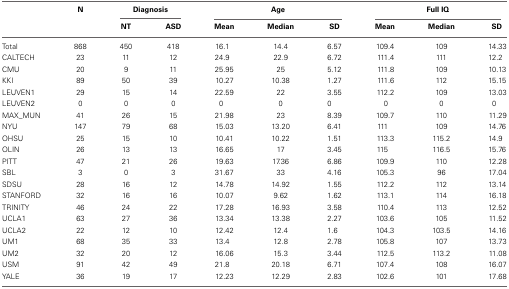
<table><thead><tr><td></td><td><b>N</b></td><td colspan="2"><b>Diagnosis</b></td><td colspan="3"><b>Age</b></td><td colspan="3"><b>Full IQ</b></td></tr><tr><td></td><td></td><td><b>NT</b></td><td><b>ASD</b></td><td><b>Mean</b></td><td><b>Median</b></td><td><b>SD</b></td><td><b>Mean</b></td><td><b>Median</b></td><td><b>SD</b></td></tr></thead><tbody><tr><td>Total</td><td>868</td><td>450</td><td>418</td><td>16.1</td><td>14.4</td><td>6.57</td><td>109.4</td><td>109</td><td>14.33</td></tr><tr><td>CALTECH</td><td>23</td><td>11</td><td>12</td><td>24.9</td><td>22.9</td><td>6.72</td><td>111.4</td><td>111</td><td>12.2</td></tr><tr><td>CMU</td><td>20</td><td>9</td><td>11</td><td>25.95</td><td>25</td><td>5.12</td><td>111.8</td><td>109</td><td>10.13</td></tr><tr><td>KKI</td><td>89</td><td>50</td><td>39</td><td>10.27</td><td>10.38</td><td>1.27</td><td>111.6</td><td>112</td><td>15.15</td></tr><tr><td>LEUVEN1</td><td>29</td><td>15</td><td>14</td><td>22.59</td><td>22</td><td>3.55</td><td>112.2</td><td>109</td><td>13.03</td></tr><tr><td>LEUVEN2</td><td>0</td><td>0</td><td>0</td><td>0</td><td>0</td><td>0</td><td>0</td><td>0</td><td>0</td></tr><tr><td>MAX_MUN</td><td>41</td><td>26</td><td>15</td><td>21.98</td><td>23</td><td>8.39</td><td>109.7</td><td>110</td><td>11.29</td></tr><tr><td>NYU</td><td>147</td><td>79</td><td>68</td><td>15.03</td><td>13.20</td><td>6.41</td><td>111</td><td>109</td><td>14.76</td></tr><tr><td>OHSU</td><td>25</td><td>15</td><td>10</td><td>10.41</td><td>10.22</td><td>1.51</td><td>113.3</td><td>115.2</td><td>14.9</td></tr><tr><td>OLIN</td><td>26</td><td>13</td><td>13</td><td>16.65</td><td>17</td><td>3.45</td><td>115</td><td>116.5</td><td>15.76</td></tr><tr><td>PITT</td><td>47</td><td>21</td><td>26</td><td>19.63</td><td>17.36</td><td>6.86</td><td>109.9</td><td>110</td><td>12.28</td></tr><tr><td>SBL</td><td>3</td><td>0</td><td>3</td><td>31.67</td><td>33</td><td>4.16</td><td>105.3</td><td>96</td><td>17.04</td></tr><tr><td>SDSU</td><td>28</td><td>16</td><td>12</td><td>14.78</td><td>14.92</td><td>1.55</td><td>112.2</td><td>112</td><td>13.14</td></tr><tr><td>STANFORD</td><td>32</td><td>16</td><td>16</td><td>10.07</td><td>9.62</td><td>1.62</td><td>113.1</td><td>114</td><td>16.18</td></tr><tr><td>TRINITY</td><td>46</td><td>24</td><td>22</td><td>17.28</td><td>16.93</td><td>3.58</td><td>110.4</td><td>113</td><td>12.52</td></tr><tr><td>UCLA1</td><td>63</td><td>27</td><td>36</td><td>13.34</td><td>13.38</td><td>2.27</td><td>103.6</td><td>105</td><td>11.52</td></tr><tr><td>UCLA2</td><td>22</td><td>12</td><td>10</td><td>12.42</td><td>12.4</td><td>1.6</td><td>104.3</td><td>103.5</td><td>14.16</td></tr><tr><td>UM1</td><td>68</td><td>35</td><td>33</td><td>13.4</td><td>12.8</td><td>2.78</td><td>105.8</td><td>107</td><td>13.73</td></tr><tr><td>UM2</td><td>32</td><td>20</td><td>12</td><td>16.06</td><td>15.3</td><td>3.44</td><td>112.5</td><td>113.2</td><td>11.08</td></tr><tr><td>USM</td><td>91</td><td>42</td><td>49</td><td>21.8</td><td>20.18</td><td>6.71</td><td>107.4</td><td>108</td><td>16.07</td></tr><tr><td>YALE</td><td>36</td><td>19</td><td>17</td><td>12.23</td><td>12.29</td><td>2.83</td><td>102.6</td><td>101</td><td>17.68</td></tr></tbody></table>